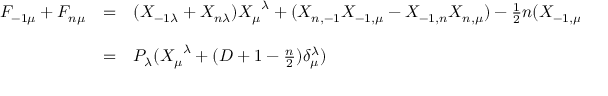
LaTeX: \begin{array} { l c l } { { F _ { - 1 \mu } + F _ { n \mu } } } & { { = } } & { { ( X _ { - 1 \lambda } + X _ { n \lambda } ) { X _ { \mu } } ^ { \lambda } + ( X _ { n , - 1 } X _ { - 1 , \mu } - X _ { - 1 , n } X _ { n , \mu } ) - \frac { 1 } { 2 } n ( X _ { - 1 , \mu } + X _ { n \mu } ) } } \\ { { } } & { { } } & { { } } \\ { { } } & { { = } } & { { P _ { \lambda } ( { X _ { \mu } } ^ { \lambda } + ( D + 1 - \frac { n } { 2 } ) \delta _ { \mu } ^ { \lambda } ) } } \end{array}